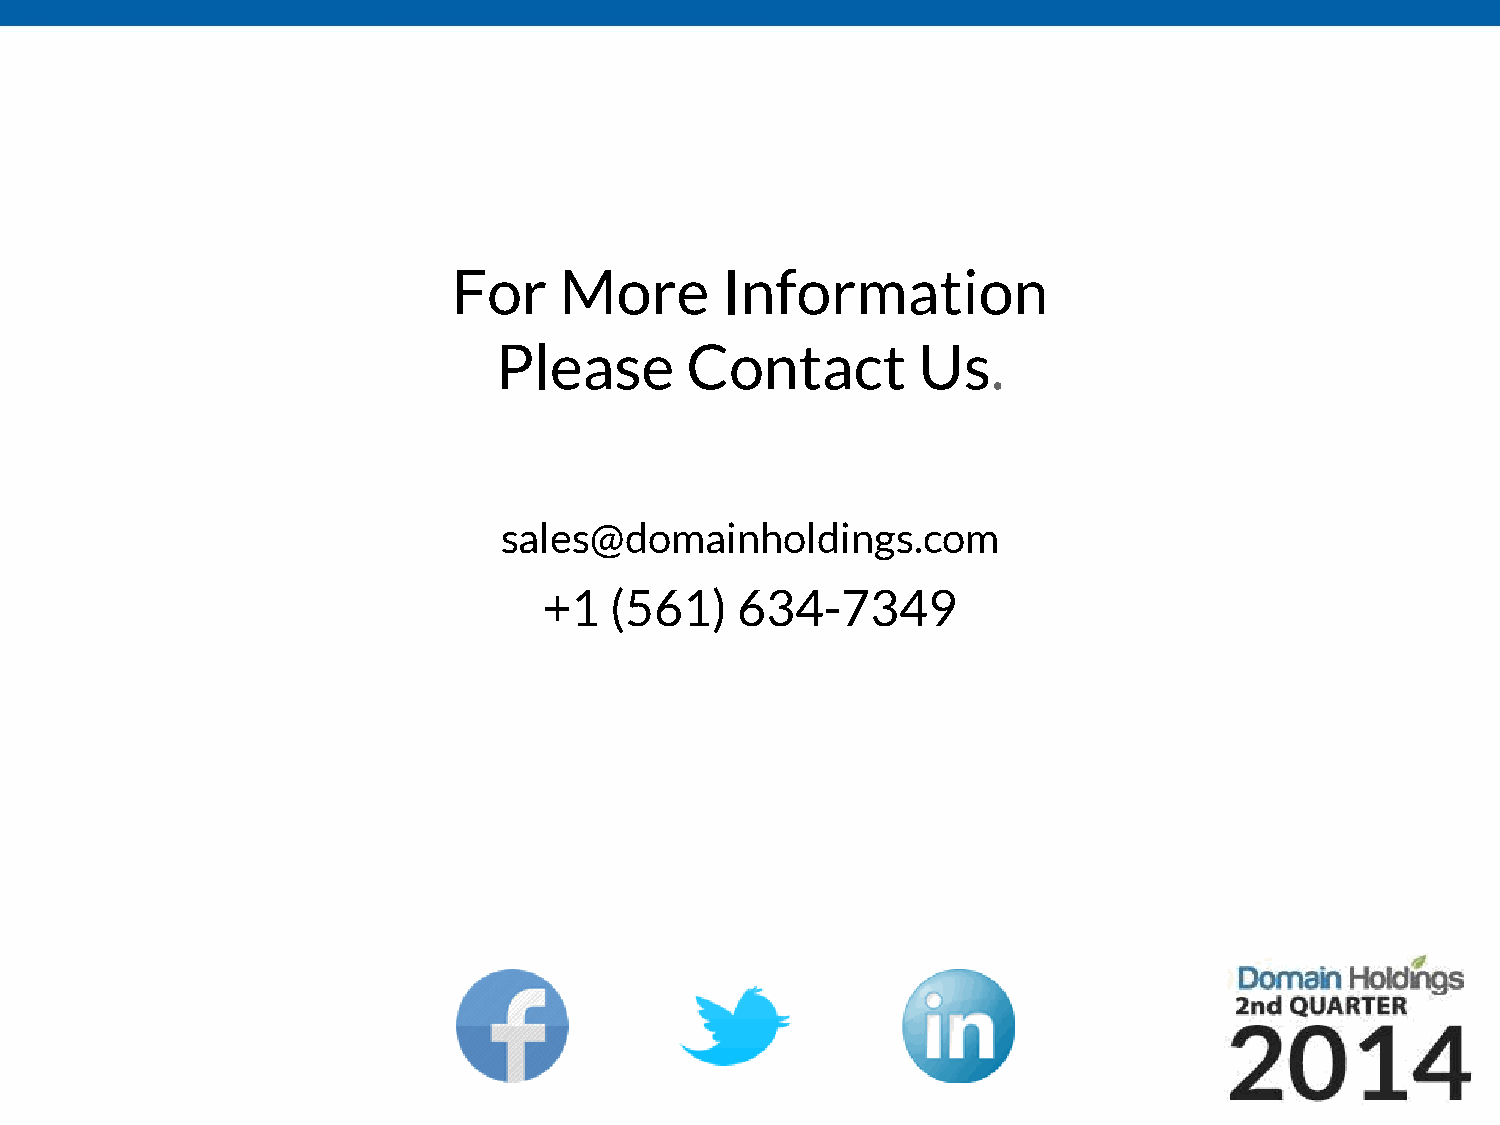
For    More       Information
 Please      Contact         Us.
 sales@domainholdings.com
 +1  (561)    634-7349